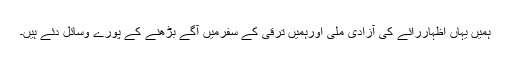
ہمیں یہاں اظہاررائے کی آزادی ملی اورہمیں ترقی کے سفرمیں ٓآگے بڑھنے کے پورے وسائل دئے ہیں۔